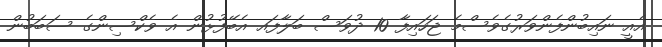
އެއީ ނައިބުންފެންވަރުގެވެސްމެ ޖަހައިފާ 10 ދުވަސް ބަލާފައ އެބޭފުޅުން އެ ވެކްސިންގެ ސަބަބުން